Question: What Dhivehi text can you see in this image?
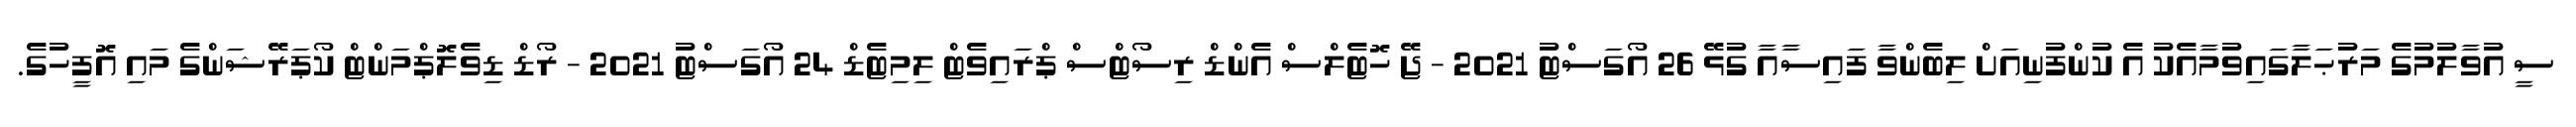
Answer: ސީ އުވާލުމުގެ މަރުޙަލާގައިވުމާއެކު އެ ކުންފުނިއަށް ލިބެންވާ ފައިސާއާ ގުޅޭ 26 އޯގަސްޓު 2021 - ޖޭ ހޮޓެލްސް އެންޑް ރިސޯޓްސް ޕްރައިވެޓް ލިމިޓެޑް 24 އޯގަސްޓު 2021 - ރޯޑް ޑިވެލޮޕްމަންޓް ކޯޕަރޭޝަންގެ މައި އޮފީހުގެ.